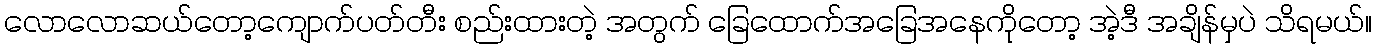
လောလောဆယ်တော့ကျောက်ပတ်တီး စည်းထားတဲ့ အတွက် ခြေထောက်အခြေအနေကိုတော့ အဲ့ဒီ အချိန်မှပဲ သိရမယ်။